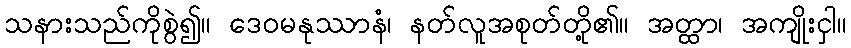
သနားသည်ကိုစွဲ၍။ ဒေဝမနုဿာနံ၊ နတ်လူအစုတ်တို့၏။ အတ္ထာ၊ အကျိုးငှါ။